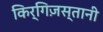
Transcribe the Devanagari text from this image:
किर्गिज़स्तानी